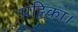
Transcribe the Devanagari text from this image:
पट्टिका।